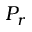
P _ { r }